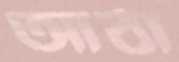
আঠা